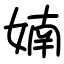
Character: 婻